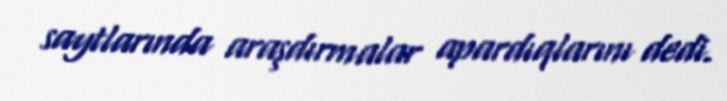
saytlarında araşdırmalar apardıqlarını dedi.